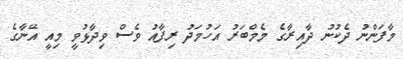
މާފަންނު ދެކުނު ދާއިރާގެ މެމްބަރު އަހުމަދު ރިފާއު ވެސް ވިދާޅުވީ މިއީ އޭނާގެ